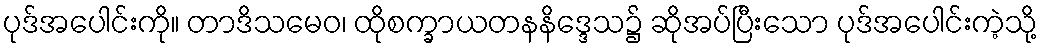
ပုဒ်အပေါင်းကို။ တာဒိသမေဝ၊ ထိုစက္ခာယတနနိဒ္ဒေသ၌ ဆိုအပ်ပြီးသော ပုဒ်အပေါင်းကဲ့သို့